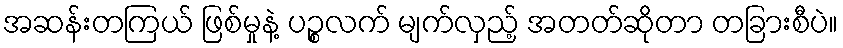
အဆန်းတကြယ် ဖြစ်မှုနဲ့ ပဉ္စလက် မျက်လှည့် အတတ်ဆိုတာ တခြားစီပဲ။